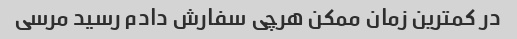
در کمترین زمان ممکن هرچی سفارش دادم رسید مرسی